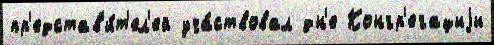
пр'едстав'и́т'ел'ей уча́ствовал дн'е Конгр'егациjи